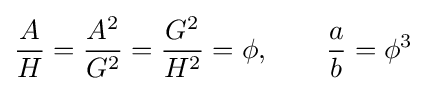
{\frac {A}{H}}={\frac {A^{2}}{G^{2}}}={\frac {G^{2}}{H^{2}}}=\phi ,\qquad {\frac {a}{b}}=\phi ^{3}